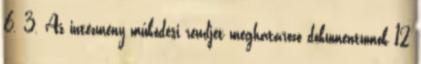
6. 3. Az intézmény működési rendjét meghatározó dokumentumok 12